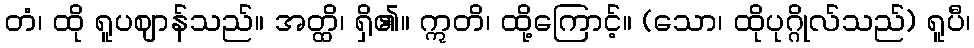
တံ၊ ထို ရူပဈာန်သည်။ အတ္ထိ၊ ရှိ၏။ ဣတိ၊ ထို့ကြောင့်။ (သော၊ ထိုပုဂ္ဂိုလ်သည်) ရူပီ၊